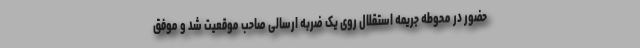
حضور در محوطه جریمه استقلال روی یک ضربه ارسالی صاحب موقعیت شد و موفق